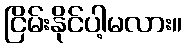
ငြိမ်းနိုင်ပါ့မလား။